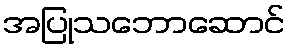
အပြုသဘောဆောင်